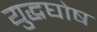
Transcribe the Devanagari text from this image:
युद्धघोष